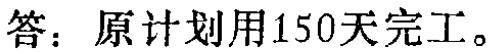
答：原计划用150天完工。